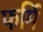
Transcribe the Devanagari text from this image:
फर्मि